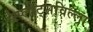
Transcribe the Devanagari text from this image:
स्प्लीट्सविल्ला